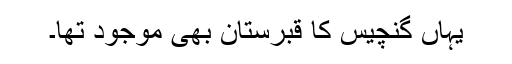
یہاں گنچیس کا قبرستان بھی موجود تھا۔